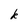
Character: k